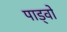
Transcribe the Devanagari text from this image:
पाड्वो